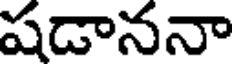
షడాననా